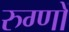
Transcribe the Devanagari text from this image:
रुग्णों